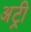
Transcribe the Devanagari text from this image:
अट्री